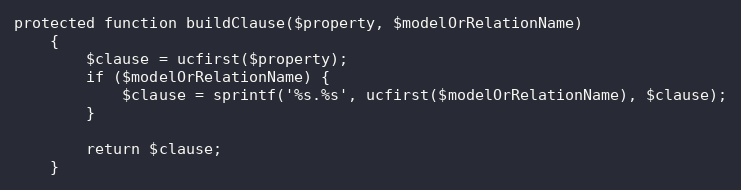
Language: PHP
protected function buildClause($property, $modelOrRelationName)
    {
        $clause = ucfirst($property);
        if ($modelOrRelationName) {
            $clause = sprintf('%s.%s', ucfirst($modelOrRelationName), $clause);
        }

        return $clause;
    }